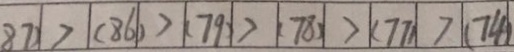
8 7 ) > ( 8 6 ) > ( 7 9 ) > ( 7 8 ) > ( 7 7 ) > ( 7 4 )